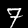
Label: 7